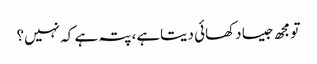
تو مجھ جیسا دکھائی دیتاہے، پتہ ہے کہ نہیں؟